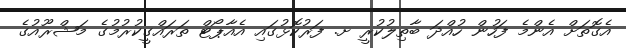
އެގޮތަށް އެންމެ ފަހުން ހުއްދަ ބާތިލުކުރީ ށ. ފަރުކޮޅުގައި އެއާޕޯޓް ތަރައްގީކުރުމުގެ މަޝްރޫއުގެ